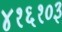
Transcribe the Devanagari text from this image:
४१६१०३